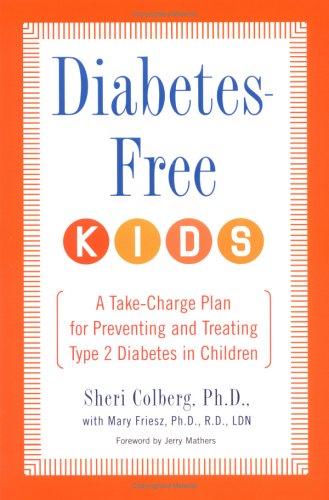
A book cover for Diabetes-Free Kids: A Take-Charge Plan for Preventing and Treating Type-2 Diabetes in Children; Sheri Colberg; Health, Fitness & Dieting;